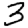
Digit: 3